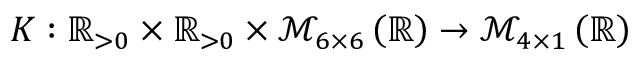
K : \mathbb { R } _ { > 0 } \times \mathbb { R } _ { > 0 } \times \mathcal { M } _ { 6 \times 6 } \left( \mathbb { R } \right) \to \mathcal { M } _ { 4 \times 1 } \left( \mathbb { R } \right)